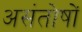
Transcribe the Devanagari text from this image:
असंतोषों